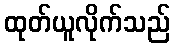
ထုတ်ယူလိုက်သည်